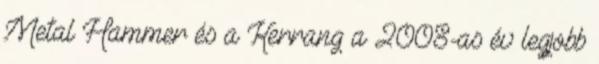
Metal Hammer és a Kerrang a 2008-as év legjobb